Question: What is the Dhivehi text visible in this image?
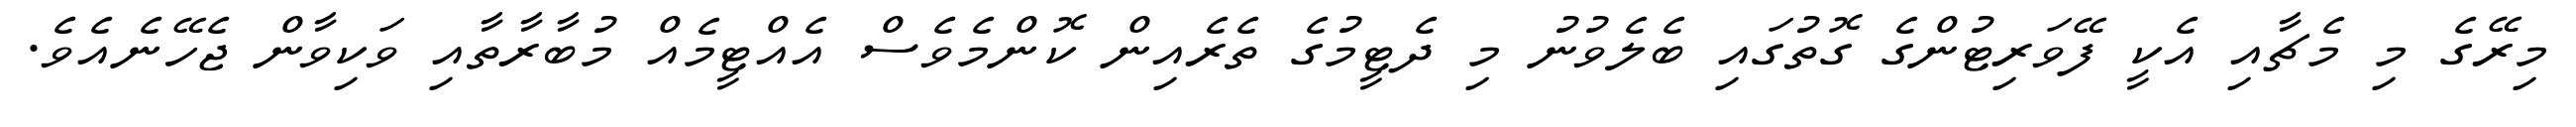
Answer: މިރޭގެ މި މެޗާއި އެކީ ފޭވަރިޓުންގެ ގޮތުގައި ބެލެވުނު މި ދެޓީމުގެ ތެރެއިން ކޮންމެވެސް އެއްޓީމެއް މުބާރާތާއި ވަކިވާން ޖެހޭނެއެވެ.